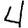
Digit: 4